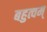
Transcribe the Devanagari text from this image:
बहुत्वम्